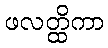
ဖလတ္ထိကာ